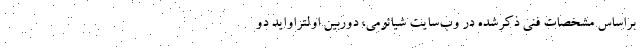
براساس مشخصات فنی ذکر‌شده در وب‌سایت شیائومی، دوربین اولتراواید دو